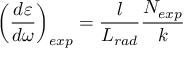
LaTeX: \left( \frac { d \varepsilon } { d \omega } \right) _ { e x p } = \frac { l } { L _ { r a d } } \frac { N _ { e x p } } { k }